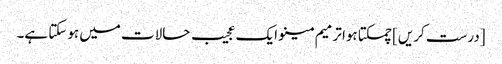
[درست کریں] چمکتا ہوا ترمیم مینو ایک عجیب حالات میں ہوسکتا ہے۔